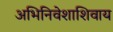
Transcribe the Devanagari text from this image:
अभिनिवेशाशिवाय